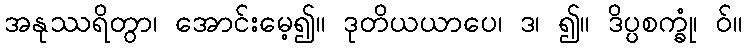
အနုဿရိတွာ၊ အောင်းမေ့၍။ ဒုတိယယာပေ၊ ဒ၊ ၍။ ဒိပ္ပစက္ခုံ၊ ဝ်။